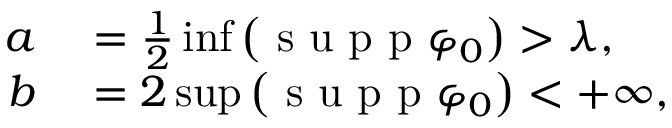
\begin{array} { r l } { a } & { { } = \frac { 1 } { 2 } \operatorname* { i n f } \left( \mathrm { ~ s ~ u ~ p ~ p ~ } \varphi _ { 0 } \right) > \lambda , } \\ { b } & { { } = 2 \operatorname* { s u p } \left( \mathrm { ~ s ~ u ~ p ~ p ~ } \varphi _ { 0 } \right) < + \infty , } \end{array}